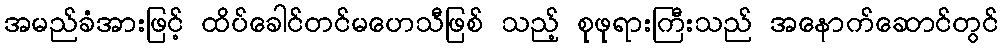
အမည်ခံအားဖြင့် ထိပ်ခေါင်တင်မဟေသီဖြစ် သည့် စုဖုရားကြီးသည် အနောက်ဆောင်တွင်